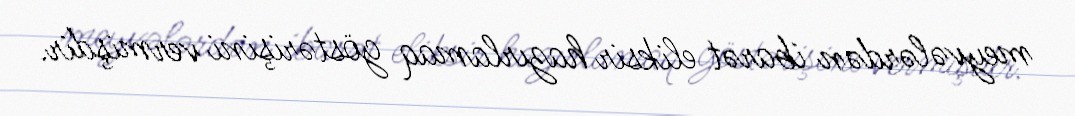
meyvələrdən ibarət eliksir hazırlamaq göstərişini vermişdir.